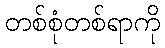
တစ်စုံတစ်ရာကို